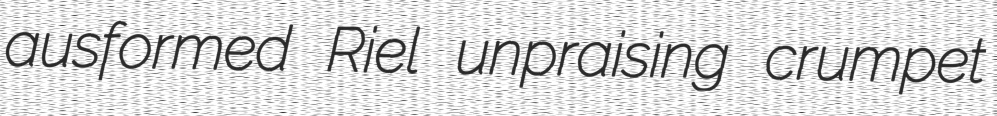
ausformed Riel unpraising crumpet